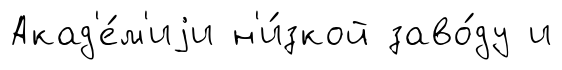
Акад'е́м'иjи н'и́зкой заво́ду и